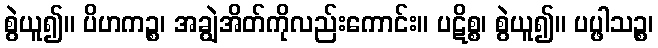
စွဲယူ၍။ ပိဟကဉ္စ၊ အချွဲအိတ်ကိုလည်းကောင်း။ ပဋိစ္စ၊ စွဲယူ၍။ ပပ္ဖါသဉ္စ၊